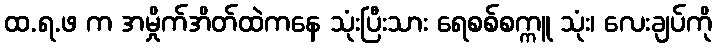
ထ.ရ.ဖ က အမှိုက်အိတ်ထဲကနေ သုံးပြီးသား ရေစစ်စက္ကူ သုံး၊ လေးချပ်ကို